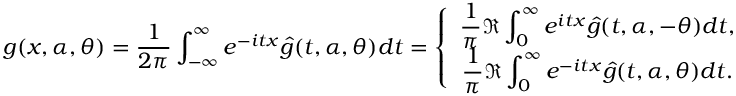
g ( x , \alpha , \theta ) = \frac { 1 } { 2 \pi } \int _ { - \infty } ^ { \infty } e ^ { - i t x } \hat { g } ( t , \alpha , \theta ) d t = \left\{ \begin{array} { c } { \displaystyle \frac { 1 } { \pi } \Re \int _ { 0 } ^ { \infty } e ^ { i t x } \hat { g } ( t , \alpha , - \theta ) d t , } \\ { \displaystyle \frac { 1 } { \pi } \Re \int _ { 0 } ^ { \infty } e ^ { - i t x } \hat { g } ( t , \alpha , \theta ) d t . } \end{array} \right.